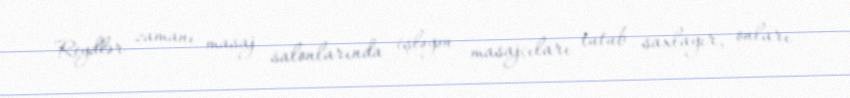
Reydlər zamanı masaj salonlarında işləyən masajçıları tutub saxlayır, onları